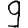
Digit: 9